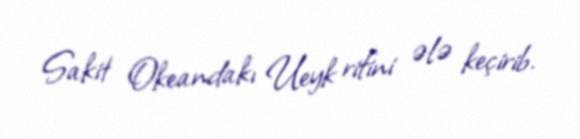
Sakit Okeandakı Ueyk rifini ələ keçirib.